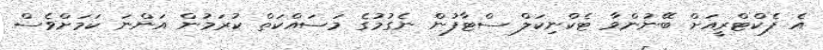
އެ ފެކްޓްރީއަށް ބޭނުންވާ ޓެކްނިކަލް ސްޓާފުން ނެގުމުގެ މަސައްކަތް ކުރަމުން އަންނަ ކަމަށްވެސް